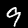
Label: 9